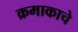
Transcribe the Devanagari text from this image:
क्रमाकाचे